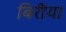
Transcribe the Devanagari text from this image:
बिरीया